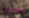
عقلانية